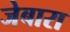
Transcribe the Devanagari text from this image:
जेबारा